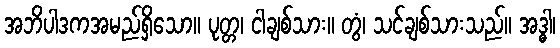
အဘိပါဒကအမည်ရှိသော။ ပုတ္တ၊ ငါချစ်သား။ တွံ၊ သင်ချစ်သားသည်။ အဒ္ဓါ၊